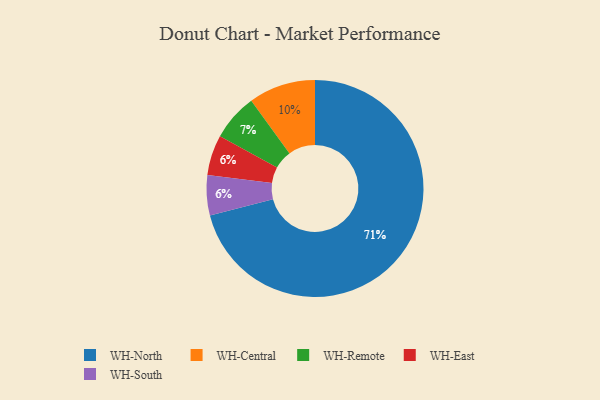
{"axis": {"x": "Category", "y": "Percentage"}, "legend": ["WH-Central", "WH-East", "WH-North", "WH-Remote", "WH-South"], "data": [{"x": "WH-East", "y": 6, "type": "WH-East"}, {"x": "WH-North", "y": 71, "type": "WH-North"}, {"x": "WH-Remote", "y": 7, "type": "WH-Remote"}, {"x": "WH-South", "y": 6, "type": "WH-South"}, {"x": "WH-Central", "y": 10, "type": "WH-Central"}]}